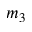
m _ { 3 }